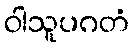
ဝါသူပဂတံ